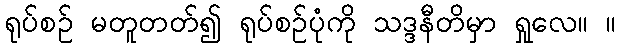
ရုပ်စဉ် မတူတတ်၍ ရုပ်စဉ်ပုံကို သဒ္ဒနီတိမှာ ရှုလေ။ ။